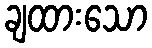
ချထားသော